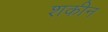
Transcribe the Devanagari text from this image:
शकीन